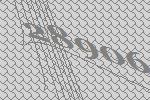
28906